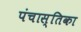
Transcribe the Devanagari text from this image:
पंचास्तिका